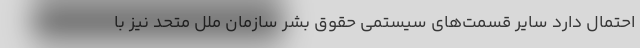
احتمال دارد سایر قسمت‌های سیستمیِ حقوق بشر سازمان ملل متحد نیز با